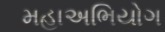
મહાઅભિયોગ